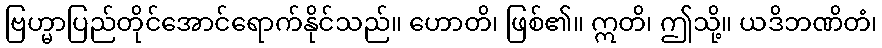
ဗြဟ္မာပြည်တိုင်အောင်ရောက်နိုင်သည်။ ဟောတိ၊ ဖြစ်၏။ ဣတိ၊ ဤသို့။ ယဒိဘဏိတံ၊